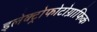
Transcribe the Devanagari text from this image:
इलेक्ट्रोफोटोग्राफिक